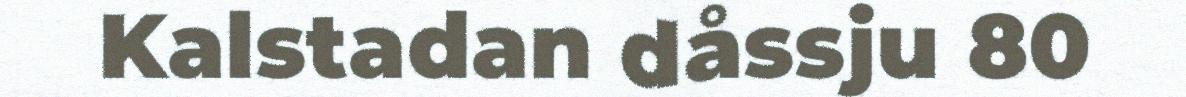
Kalstadan dåssju 80